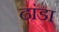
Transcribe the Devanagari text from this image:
ढांडा